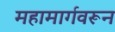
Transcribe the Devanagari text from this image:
महामार्गवरून